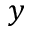
y